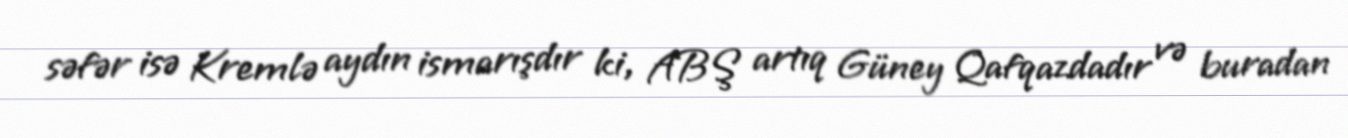
səfər isə Kremlə aydın ismarışdır ki, ABŞ artıq Güney Qafqazdadır və buradan